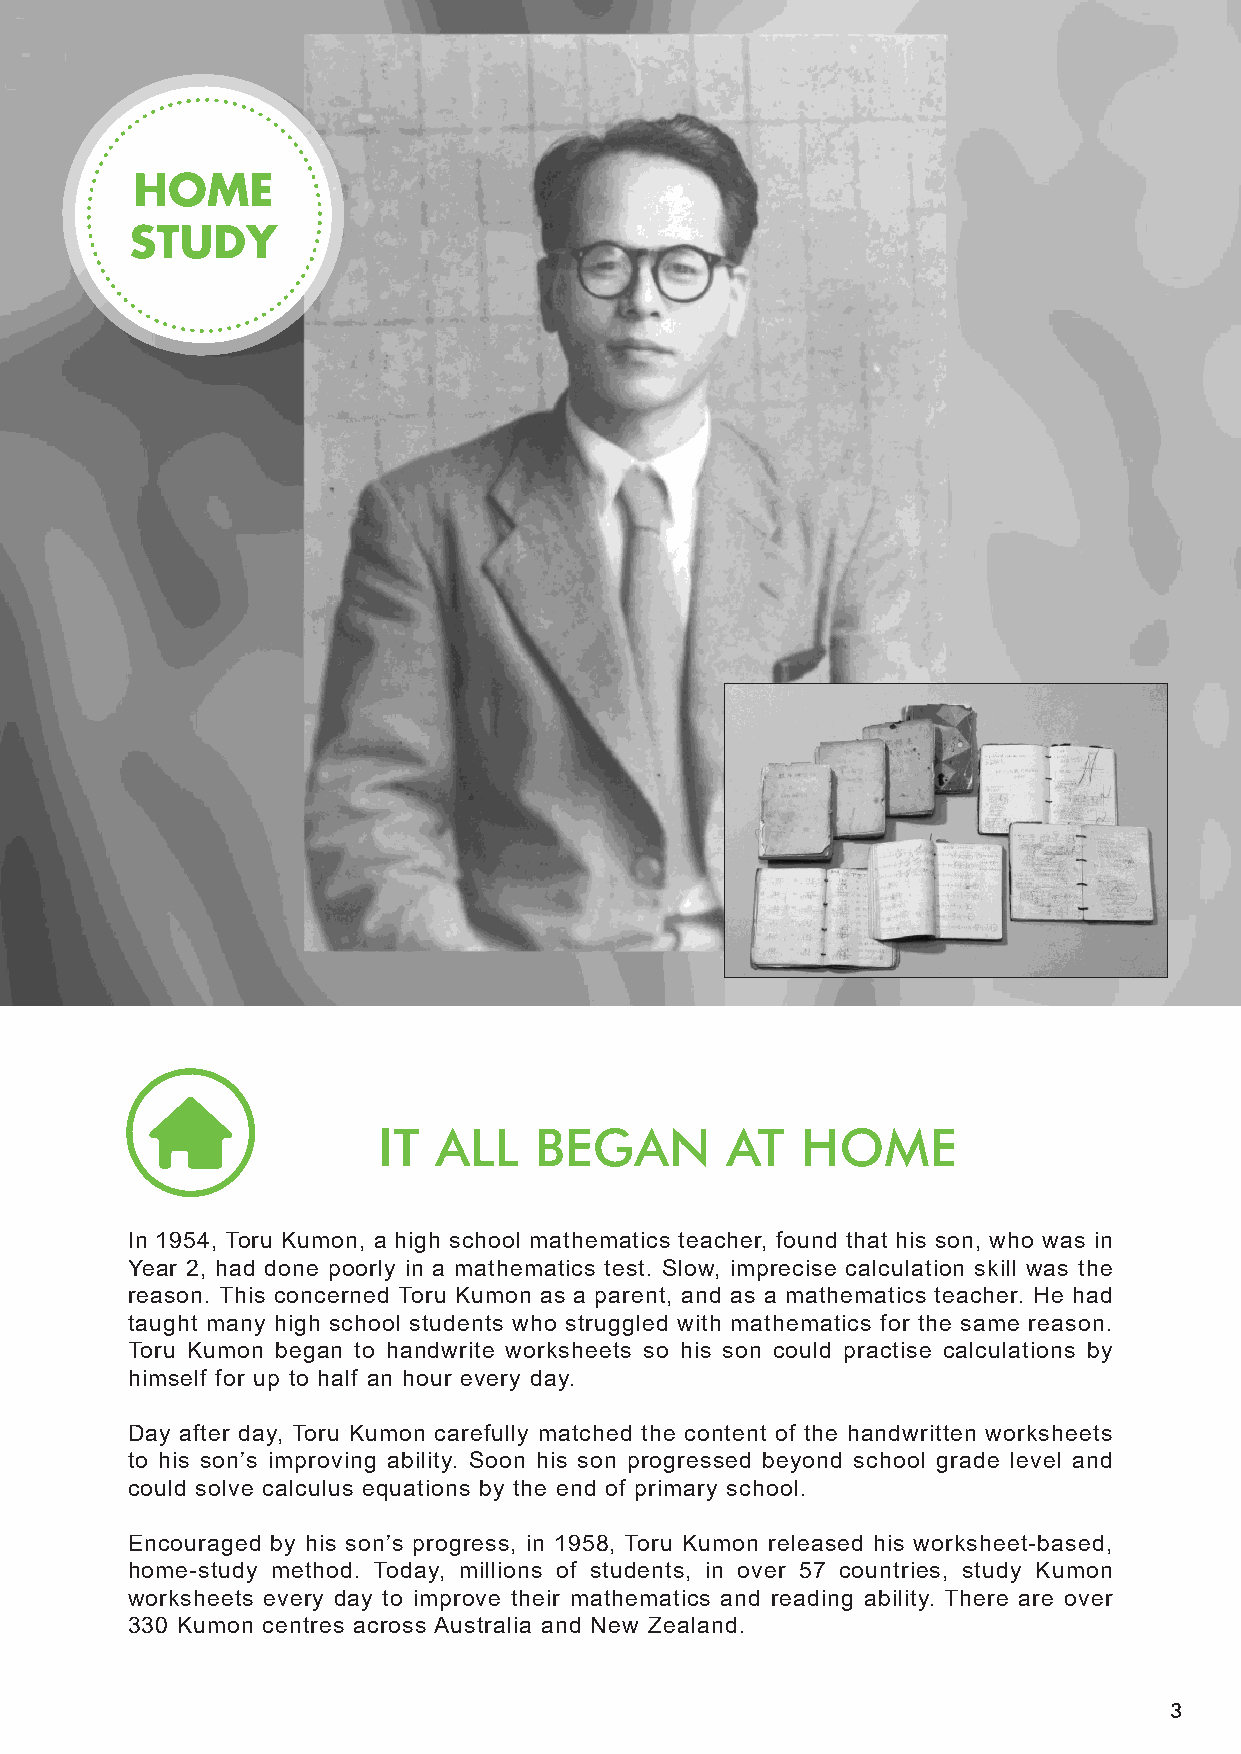
IT  ALL   BEGAN        AT   HOME
 In 1954, Toru Kumon, a high school mathematics teacher, found that his son, who was in
 Year 2, had done poorly in a mathematics test. Slow, imprecise calculation skill was the
 reason. This concerned Toru Kumon as a parent, and as a mathematics teacher. He had
 taught many high school students who struggled with mathematics for the same reason.
 Toru Kumon began to handwrite worksheets so his son could practise calculations by
 himself for up to half an hour every day.
 Day after day, Toru Kumon carefully matched the content of the handwritten worksheets
 to his son’s improving ability. Soon his son progressed beyond school grade level and
 could solve calculus equations by the end of primary school.
 Encouraged by his son’s progress, in 1958, Toru Kumon released his worksheet-based,
 home-study method. Today, millions of students, in over 57 countries, study Kumon
 worksheets every day to improve their mathematics and reading ability. There are over
 330 Kumon centres across Australia and New Zealand.
 3